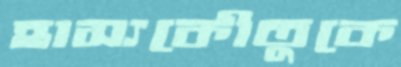
হাস্যকৌতুকে